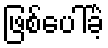
ဖြစ်ပေါ်ခဲ့